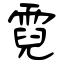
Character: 霓